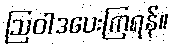
ဩဝါဒပေးကြရန်။